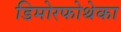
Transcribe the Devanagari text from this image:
डिमोरफोथेका